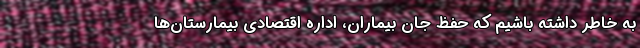
به خاطر داشته باشیم که حفظ جان بیماران، اداره اقتصادی بیمارستان‌ها